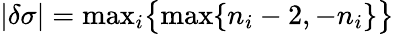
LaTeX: {|\delta\sigma|=\mathrm{max}_{i}\big\{ \mathrm{max}\{ n_{i}-2,-n_{i}\} \big\} }